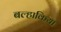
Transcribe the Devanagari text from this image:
बल्हाकिया